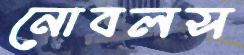
নোবলস